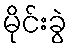
မိုင်းခွဲ